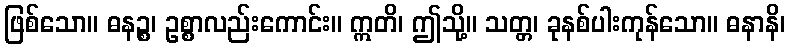
ဖြစ်သော။ ဓနဉ္စ၊ ဥစ္စာလည်းကောင်း။ ဣတိ၊ ဤသို့။ သတ္တ၊ ခုနစ်ပါးကုန်သော။ ဓနာနိ၊